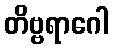
တိဗ္ဗရာဂေါ